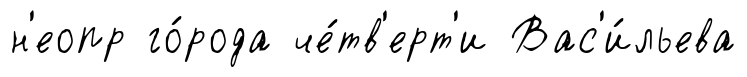
н'еопр го́рода че́тв'ерт'и Вас'и́льева